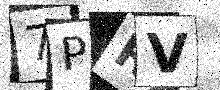
Text: 7PRV